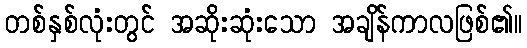
တစ်နှစ်လုံးတွင် အဆိုးဆုံးသော အချိန်ကာလဖြစ်၏။